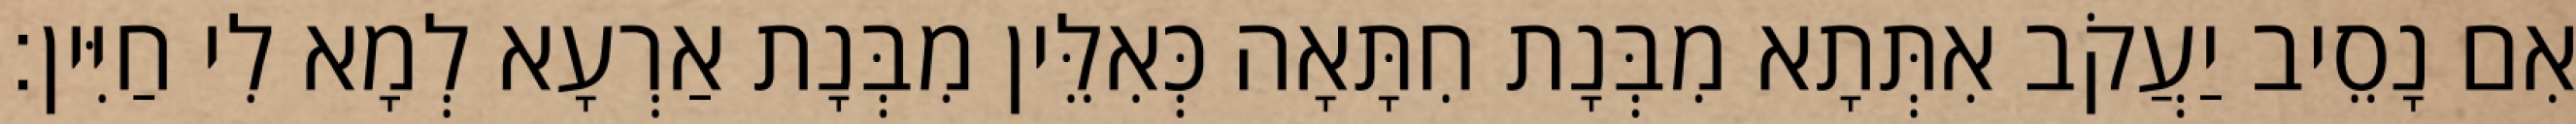
אִם נָסֵיב יַעֲקֹב אִתְּתָא מִבְּנָת חִתָּאָה כְּאִלֵּין מִבְּנָת אַרְעָא לְמָא לִי חַיִּין׃